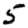
Digit: 5